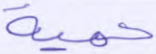
حمية